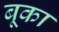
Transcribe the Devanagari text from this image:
बूका